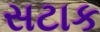
સટાક